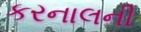
કરનાલની